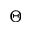
\Theta